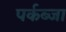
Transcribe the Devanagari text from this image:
पर्कब्जा